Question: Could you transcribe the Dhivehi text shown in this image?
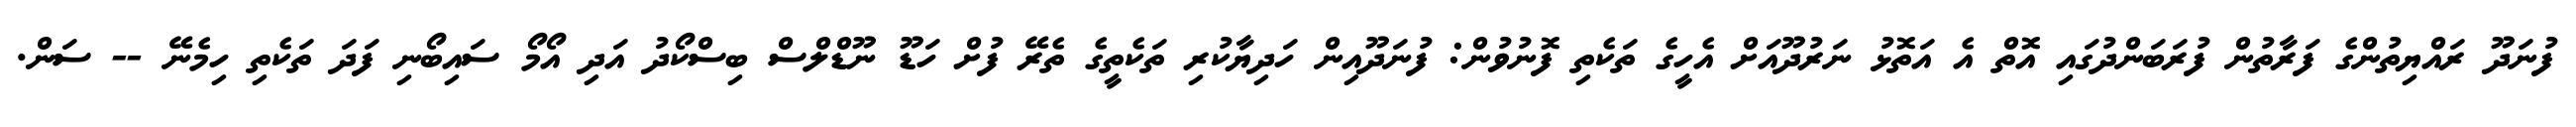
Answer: ފުނަދޫ ރައްޔިތުންގެ ފަރާތުން ފުރަބަންދުގައި އޮތް އެ އަތޮޅު ނަރުދޫއަށް އެހީގެ ތަކެތި ފޮނުވުން: ފުނަދޫއިން ހަދިޔާކުރި ތަކެތީގެ ތެރޭ ފުށް ހަޑޫ ނޫޑްލްސް ބިސްކޯދު އަދި އޯމޯ ސައިބޯނި ފަދަ ތަކެތި ހިމެނޭ -- ސަން.